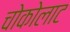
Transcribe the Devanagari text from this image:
चोकोलाट